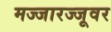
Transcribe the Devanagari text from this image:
मज्जारज्जूवर